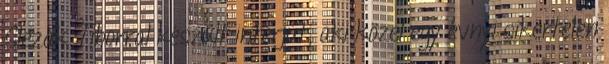
Slezák Tiborral készült interjút, aki közel egy évnyi sikertelen